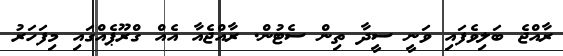
ރާއްޖެ ބަލިވެފައި ވަނީ ސީދާ ތިން ސެޓުން. ރާއްޖެއާ އެއް ގްރޫޕެއްގައި މިފަހަރު